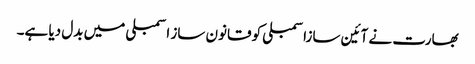
بھارت نے آئین سازاسمبلی کو قانون ساز اسمبلی میں بدل دیا ہے۔